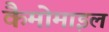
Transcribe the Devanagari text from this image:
कैमोमाइल